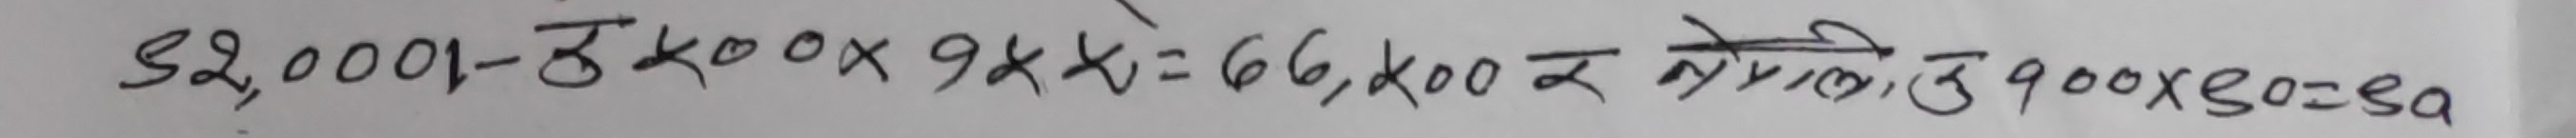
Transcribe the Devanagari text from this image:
९२,०००१-ठk००x9kk=6,k00 र ले लिएको ज ९०० x ८०=sa